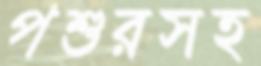
পশুরসহ